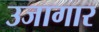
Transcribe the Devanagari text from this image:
उजागार